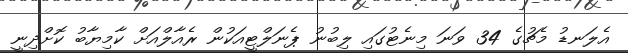
އެލަނޑު މެޗުގެ 34 ވަނަ މިނެޓުގައި ލިބުނު ޕެނަލްޓީއަކުން ރެއާލްއަށް ކާމިޔާބު ކޮށްދިނީ